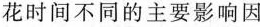
花时间不同的主要影响因